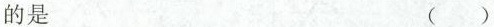
的是 ( )